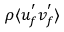
\rho \langle u _ { f } ^ { ' } v _ { f } ^ { ' } \rangle